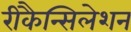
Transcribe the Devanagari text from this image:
रीकैन्सिलेशन